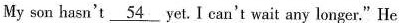
My son hasn't \underline{54} yet.I can't wait any longer."He